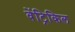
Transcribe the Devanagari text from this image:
वेंट्रिकिल